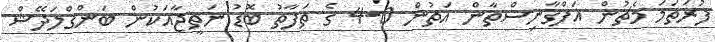
ފުރަތަމަ މެޗުން އަފްގާނިސްތާން އަތުން 0-4 ގެ ތަފާތު ބޮޑު ނަތީޖާއަކުން ބަންގްލަދޭޝް